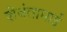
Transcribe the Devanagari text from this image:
शॆवंतामाई